Vaccination North-Western Provinces and Oudh 1878-1895 - 1878-1895
Year: 1878
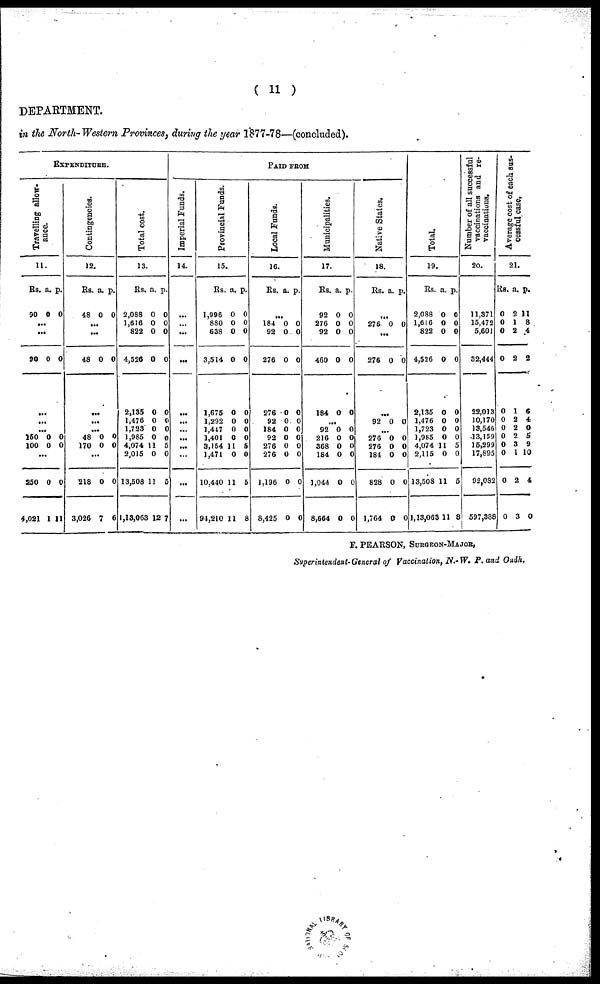
( 11 )
DEPARTMENT.
in the North-Western Provinces, during the year 1877-78—(concluded).
EXPENDITURE.
Travelling allow-
ance.
11.
Rs.
90
...
...
90
...
...
...
150
100
...
250
4,021
a.
0
0
0
0
0
1
p.
0
0
0
0
0
11
Contingencies.
12.
Rs.
48
...
...
48
...
...
...
48
170
...
218
3,026
a.
0
0
0
0
0
7
p.
0
0
0
0
0
6
Total cost.
13.
Rs.
2,088
1,616
822
4,526
2,135
1,476
1,723
1,985
4,074
2,015
13,508
1,13,063
a.
0
0
0
0
0
0
0
0
11
0
11
12
p.
0
0
0
0
0
0
0
0
5
0
5
7
PAID FROM
Imperial Funds.
14.
...
...
...
...
...
...
...
...
...
...
...
...
Provincial Funds.
15.
Rs.
1,996
880
638
3,514
1,675
1,292
1,447
1,401
3,154
1,471
10,440
94,210
a.
0
0
0
0
0
0
0
0
11
0
11
11
p.
0
0
0
0
0
0
0
0
5
0
5
8
Local Funds.
16.
Rs.
...
184
92
276
276
92
184
92
276
276
1,196
8,425
a.
0
0
0
0
0
0
0
0
0
0
0
p.
0
0
0
0
0
0
0
0
0
0
0
Municipalities.
17.
Rs.
92
276
92
460
184
...
92
216
368
184
1,044
8,664
a.
0
0
0
0
0
0
0
0
0
0
0
p.
0
0
0
0
0
0
0
0
0
0
0
Native States.
18.
Rs.
...
276
...
276
...
92
...
276
276
184
828
1,764
a.
0
0
0
0
0
0
0
0
p.
0
0
0
0
0
0
0
0
Total.
19.
Rs.
2,088
1,616
822
4,526
2,135
1,476
1,723
1,985
4,074
2,115
13,508
1,13,063
a.
0
0
0
0
0
0
0
0
11
0
11
11
p.
0
0
0
0
0
0
0
0
5
0
5
8
Number of all successful
vaccinations and re-
vaccinations.
20.
11,371
15,472
5,601
32,444
22,013
10,170
13,546
13,159
15,299
17,895
92,082
597,388
Average cost of each sus-
cessful case.
21.
Rs.
0
0
0
0
0
0
0
0
0
0
0
0
a.
2
1
2
2
1
2
2
2
3
1
2
3
p.
11
8
4
2
6
4
0
5
9
10
4
0
F. PEARSON, SURGEON-MAJOR,
Superintendent-General of Vaccination, N.-W. P. and Oudh.